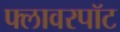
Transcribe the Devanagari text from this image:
फ्लावरपॉट